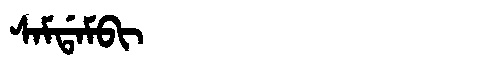
Manchu: ᠰᠠᠮᡩᠠᠮᠪᡳ
Romanization: SAMDAMBI